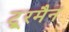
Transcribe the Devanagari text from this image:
टू्रमैन